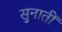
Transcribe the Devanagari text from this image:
सुनातीं